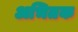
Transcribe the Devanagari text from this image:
अभितक